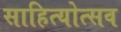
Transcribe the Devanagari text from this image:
साहित्योत्सव